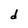
Character: d